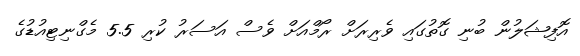
އޮފިޝަލުން ބުނި ގޮތުގައި ވެރިރަށް ރޯމްއަށް ވެސް އަސަރު ކުރި 5.5 މެގްނިޓިއުޑުގެ